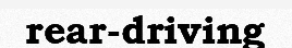
rear-driving